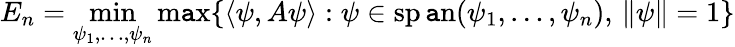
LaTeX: E_{n}=\operatorname*{min}_{\psi_{1},\ldots,\psi_{n}}\operatorname*{m\mathtt{a}x}\{ \langle\psi,A\psi\rangle:\psi\in\operatorname{sp\mathtt{a}n}(\psi_{1},\ldots,\psi_{n}),\, \| \psi\| =1\}